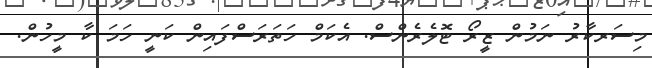
މިސަރކާރު ނަމުން ޒީރޯ ޓޮލެރެންސް. އެކަމް ހަތަރަސްފައިން ކަނީ ހަމަ ކާ މީހުން.